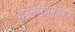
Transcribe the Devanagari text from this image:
हस्तमैथुनकरत